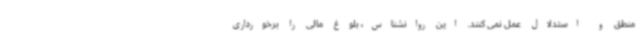
منطق و استدلال عمل نمی کنند. این روانشناس، بلوغ مالی را برخورداری